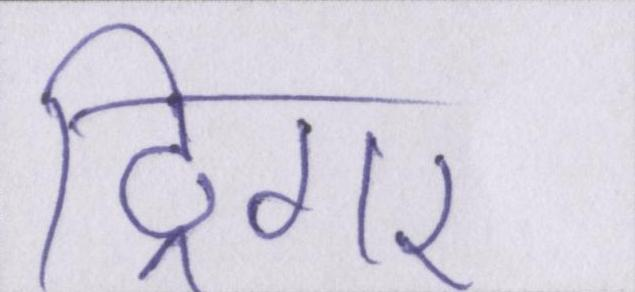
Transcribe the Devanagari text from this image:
ट्रिगर